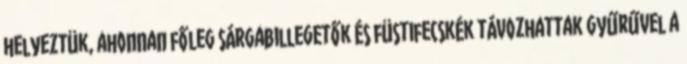
helyeztük, ahonnan főleg sárgabillegetők és füstifecskék távozhattak gyűrűvel a